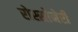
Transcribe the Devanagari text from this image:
रोस्सोनेरी